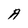
Character: A